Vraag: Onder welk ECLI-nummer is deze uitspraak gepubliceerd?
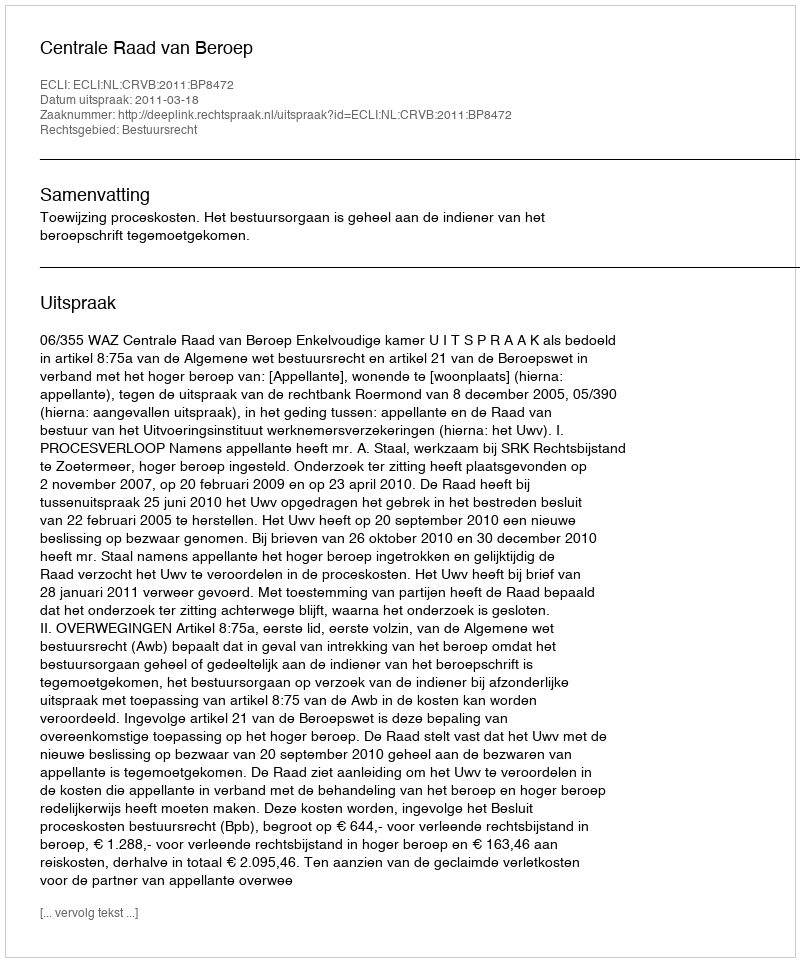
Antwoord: ECLI:NL:CRVB:2011:BP8472